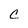
Character: C